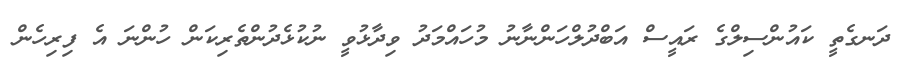
ދަނގެތީ ކައުންސިލްގެ ރައީސް އަބްދުލްހަންނާނު މުހައްމަދު ވިދާޅުވީ ނުކުޅެދުންތެރިކަން ހުންނަ އެ ފިރިހެން